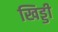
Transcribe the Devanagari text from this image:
खिड्डी